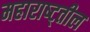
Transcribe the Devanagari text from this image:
महाराष्ट्तील